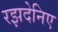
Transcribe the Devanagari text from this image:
रझदेनिए